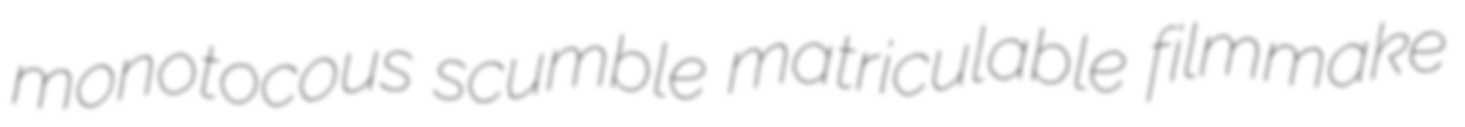
monotocous scumble matriculable filmmake